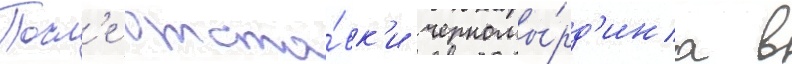
Посл'е отста́вк'и черномы́рд'ина в